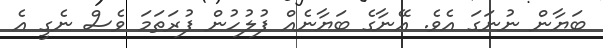
ބަޔާން ނުނަގަ އެވެ. އޭނާގެ ބަޔާނެއް ފުލުހުން ފުރަތަމަ ވެސް ނެގީ އެ